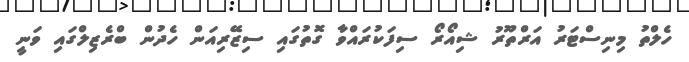
ހެލްތު މިނިސްޓަރު އަރްތޫރު ޝިއޯރޯ ސިފަކުރައްވާ ގޮތުގައި ސިޒޭރިއަން ހެދުން ބްރެޒިލްގައި ވަނީ